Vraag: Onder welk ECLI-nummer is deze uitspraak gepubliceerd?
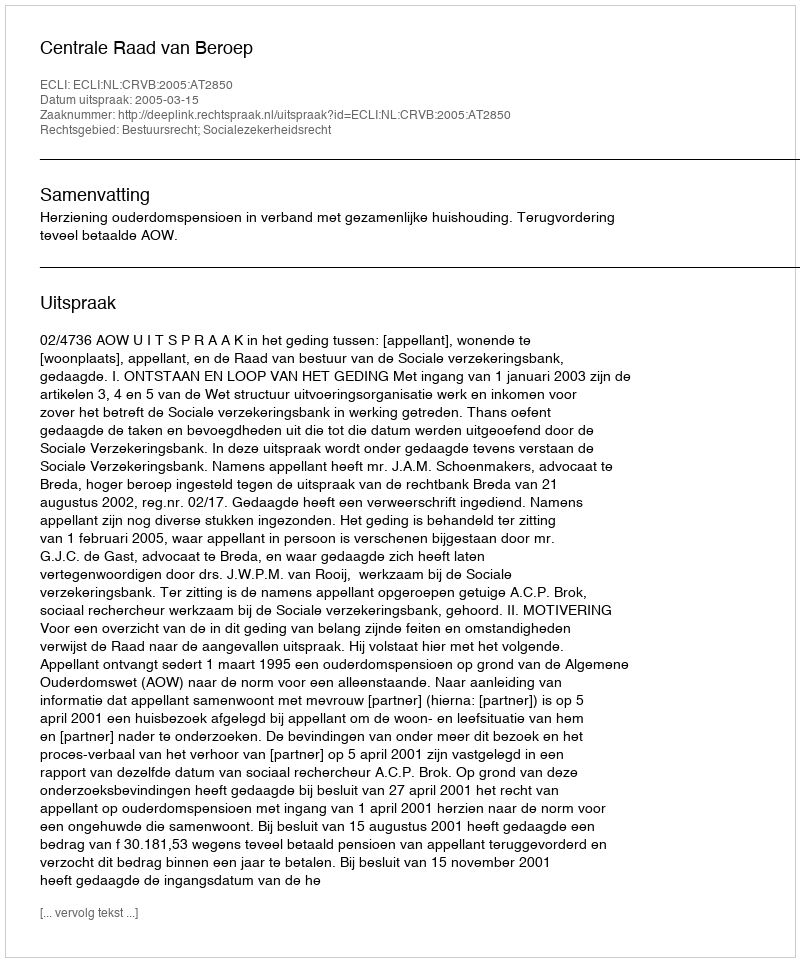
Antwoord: ECLI:NL:CRVB:2005:AT2850